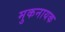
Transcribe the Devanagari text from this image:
मुकनायक